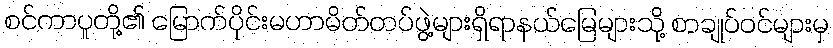
စင်ကာပူတို့၏ မြောက်ပိုင်းမဟာမိတ်တပ်ဖွဲ့များရှိရာနယ်မြေများသို့ စာချုပ်ဝင်များမှ